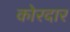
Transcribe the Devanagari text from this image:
कोरदार